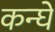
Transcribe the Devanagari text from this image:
कन्घे